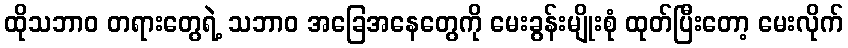
ထိုသဘာဝ တရားတွေရဲ့ သဘာဝ အခြေအနေတွေကို မေးခွန်းမျိုးစုံ ထုတ်ပြီးတော့ မေးလိုက်